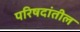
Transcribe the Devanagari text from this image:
परिषदांतील